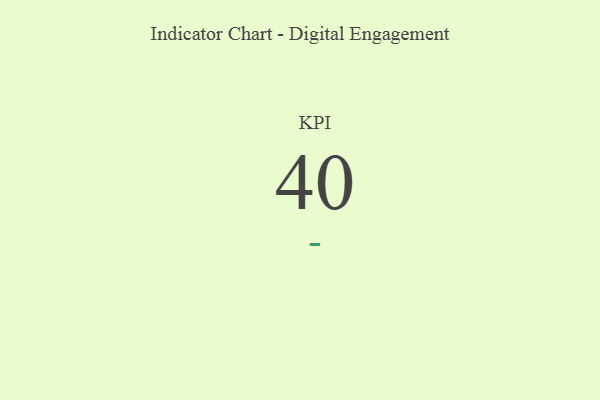
{"axis": {"x": "KPI", "y": "Value"}, "legend": [""], "data": [{"x": "KPI", "y": 40, "type": ""}]}